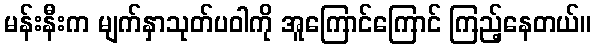
မန်းနီးက မျက်နှာသုတ်ပဝါကို အူကြောင်ကြောင် ကြည့်နေတယ်။